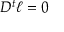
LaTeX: D ^ { t } \ell = 0